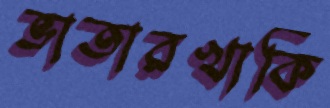
ভাতারখাকি